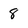
Character: 8